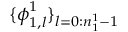
\{ \boldsymbol { \phi } _ { 1 , l } ^ { 1 } \} _ { l = 0 : n _ { 1 } ^ { 1 } - 1 }